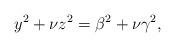
LaTeX: \begin{align*}y^2+\nu z^2=\beta^2+\nu\gamma^2,\end{align*}